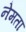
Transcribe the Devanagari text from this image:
नेमता